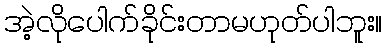
အဲ့လိုပေါက်ခိုင်းတာမဟုတ်ပါဘူး။